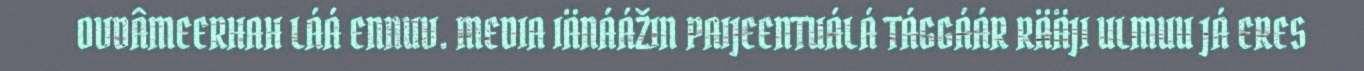
OVDÂMEERHAH LÁÁ ENNUV. MEDIA IÄNÁÁŽIN PAIJEENTUÁLÁ TÁGGÁÁR RÄÄJI ULMUU JÁ ERES